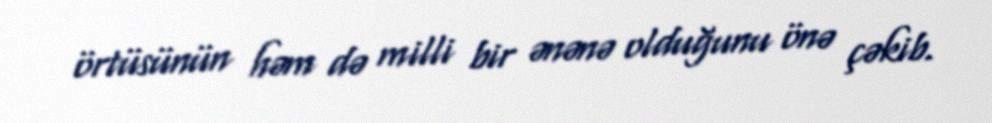
örtüsünün həm də milli bir ənənə olduğunu önə çəkib.